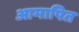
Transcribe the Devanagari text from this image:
आमापित